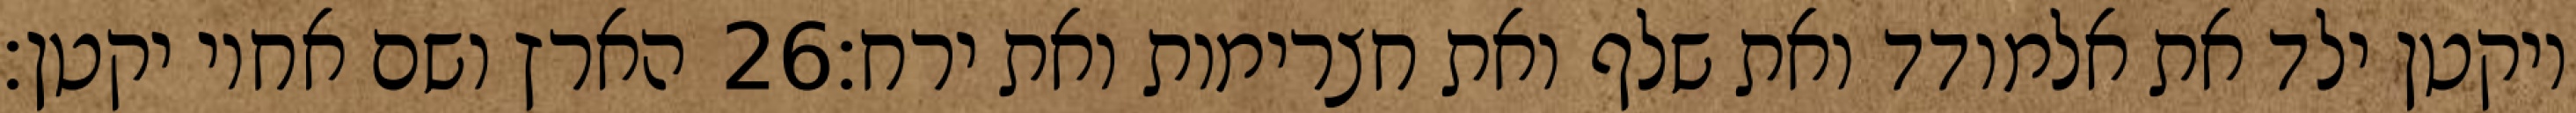
הארץ ושם אחיו יקטן׃ ‎26‏ ויקטן ילד את אלמודד ואת שלף ואת חצרימות ואת ירח׃